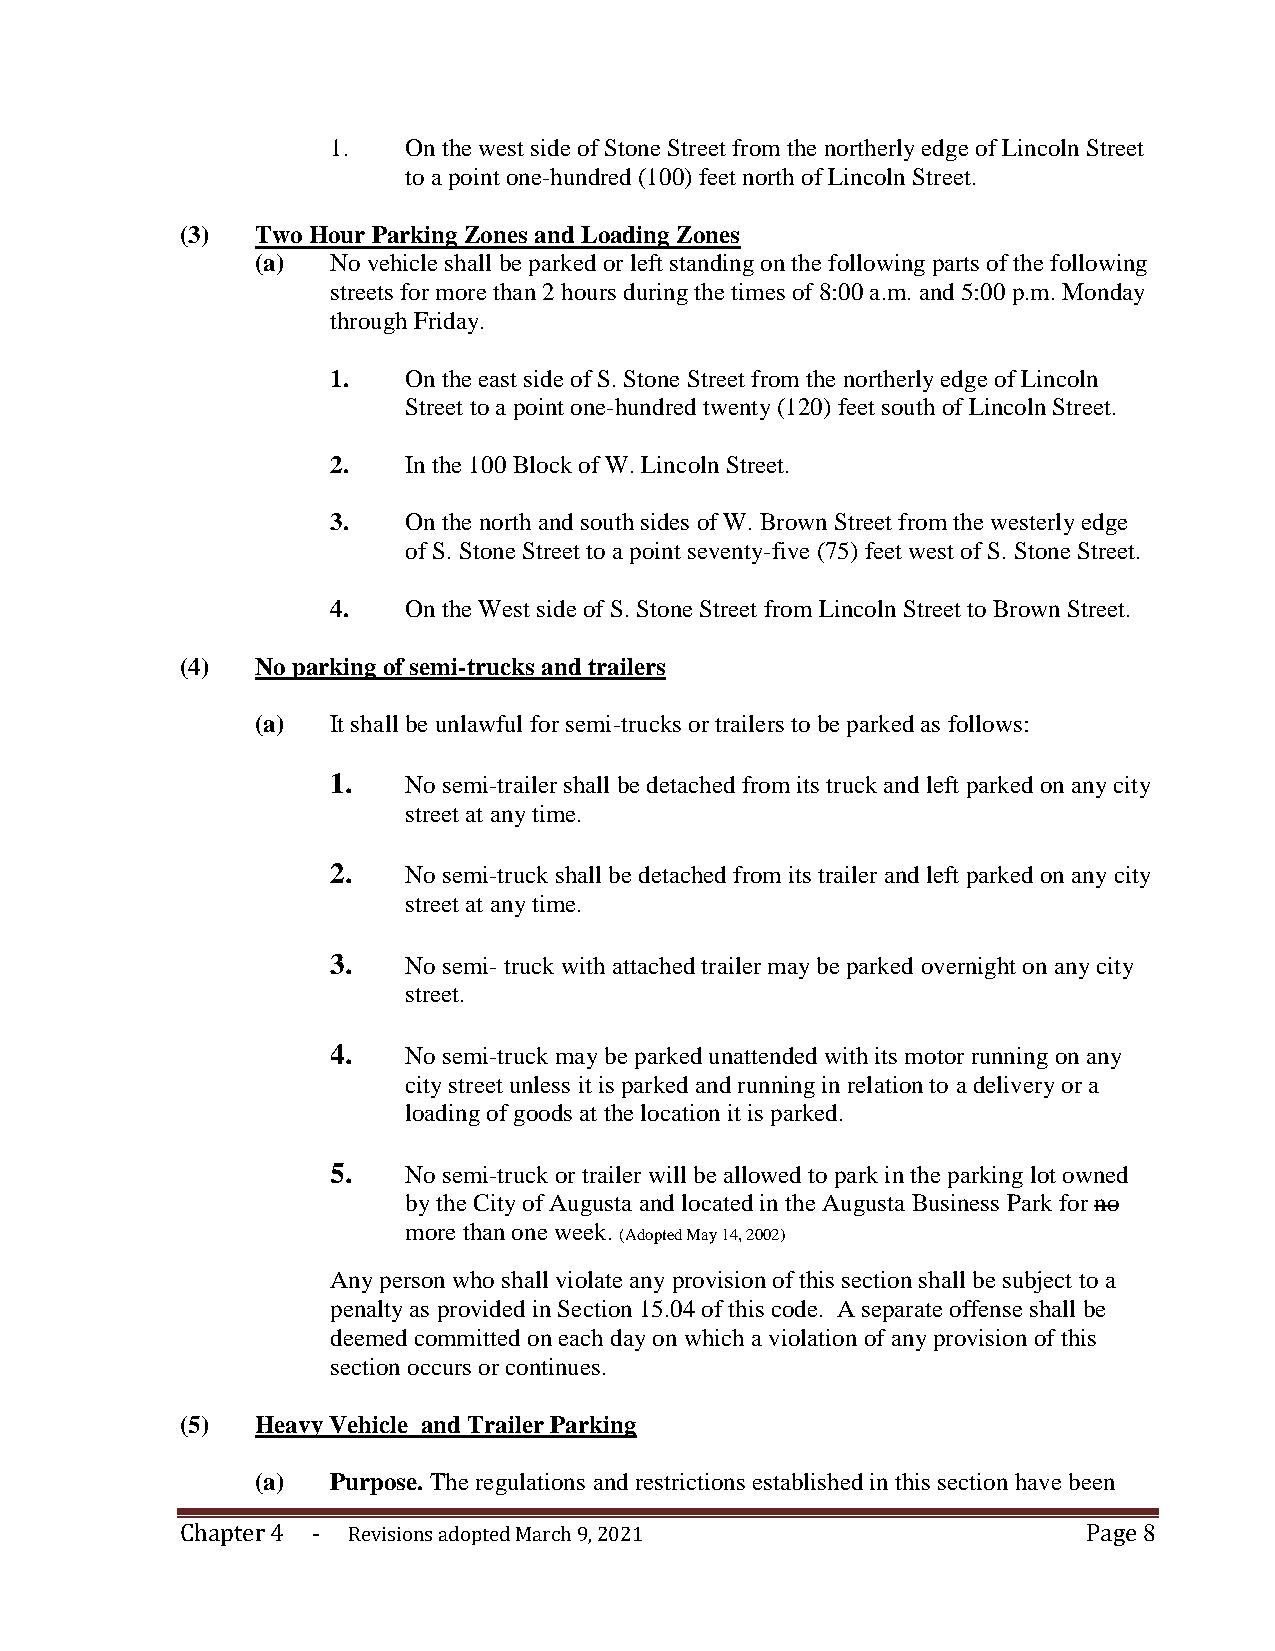
1.   On the west side of Stone Street from the northerly edge of Lincoln Street
 to a point one-hundred (100) feet north of Lincoln Street.
 (3)  Two Hour Parking Zones and Loading Zones
 (a)  No vehicle shall be parked or left standing on the following parts of the following
 streets for more than 2 hours during the times of 8:00 a.m. and 5:00 p.m. Monday
 through Friday.
 1.   On the east side of S. Stone Street from the northerly edge of Lincoln
 Street to a point one-hundred twenty (120) feet south of Lincoln Street.
 2.   In the 100 Block of W. Lincoln Street.
 3.   On the north and south sides of W. Brown Street from the westerly edge
 of S. Stone Street to a point seventy-five (75) feet west of S. Stone Street.
 4.   On the West side of S. Stone Street from Lincoln Street to Brown Street.
 (4)  No parking of semi-trucks and trailers
 (a)  It shall be unlawful for semi-trucks or trailers to be parked as follows:
 1.   No semi-trailer shall be detached from its truck and left parked on any city
 street at any time.
 2.   No semi-truck shall be detached from its trailer and left parked on any city
 street at any time.
 3.   No semi- truck with attached trailer may be parked overnight on any city
 street.
 4.   No semi-truck may be parked unattended with its motor running on any
 city street unless it is parked and running in relation to a delivery or a
 loading of goods at the location it is parked.
 5.   No semi-truck or trailer will be allowed to park in the parking lot owned
 by the City of Augusta and located in the Augusta Business Park for no
 more than one week.
 (Adopted May 14, 2002)
 Any person who shall violate any provision of this section shall be subject to a
 penalty as provided in Section 15.04 of this code. A separate offense shall be
 deemed committed on each day on which a violation of any provision of this
 section occurs or continues.
 (5)  Heavy Vehicle and Trailer Parking
 (a)  Purpose. The regulations and restrictions established in this section have been
 Chapter 4 - Revisions adopted March 9, 2021                 Page 8